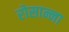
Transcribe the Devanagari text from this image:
रोसान्ना